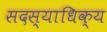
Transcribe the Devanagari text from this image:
सदस्याधिक्य